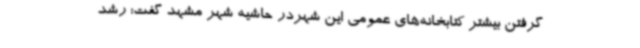
گرفتن بیشتر کتابخانه‌های عمومی این شهردر حاشیه شهر مشهد گفت: رشد